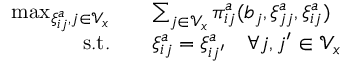
\begin{array} { r l } { \operatorname* { m a x } _ { \xi _ { i j } ^ { a } , j \in \mathcal { V } _ { x } } \quad } & { \sum _ { j \in \mathcal { V } _ { x } } \pi _ { i j } ^ { a } ( b _ { j } , \xi _ { j j } ^ { a } , \xi _ { i j } ^ { a } ) } \\ { \mathrm { s . t . } \quad } & { \xi _ { i j } ^ { a } = \xi _ { i j ^ { \prime } } ^ { a } \quad \forall j , j ^ { \prime } \in \mathcal { V } _ { x } } \end{array}